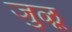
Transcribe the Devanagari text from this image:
जुळू